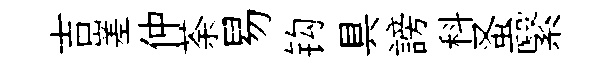
吉嵳仲荼易钩具謗科蚤繄